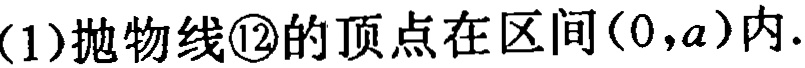
(1)抛物线\textcircled{2}的顶点在区间\((0,a)\)内.